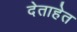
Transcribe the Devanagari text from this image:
देताहेत